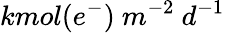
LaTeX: kmol(e^{-})\ m^{-2}\ d^{-1}